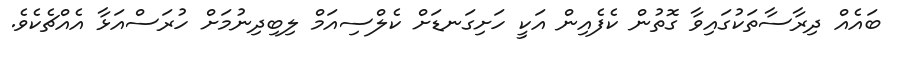
ބައެއް ދިރާސާތަކުގައިވާ ގޮތުން ކެފެއިން އަކީ ހަށިގަނޑަށް ކެލްސިއަމް ލިބިދިނުމަށް ހުރަސްއަޅާ އެއްޗެކެވެ.